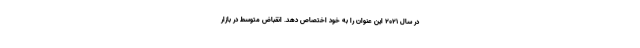
در سال 2021 این عنوان را به خود اختصاص دهد. انقباض متوسط در بازار